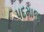
પદમાજી